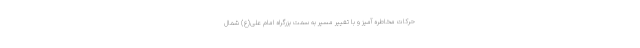
حرکات مخاطره آمیز و با تغییر مسیر به سمت بزرگراه امام علی(ع) شمال